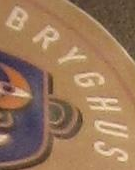
BRYGHUS